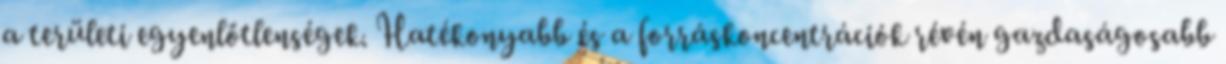
a területi egyenlőtlenségek. Hatékonyabb és a forráskoncentrációk révén gazdaságosabb